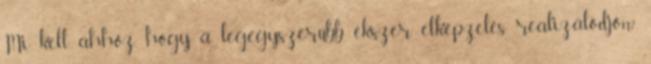
Mi kell ahhoz, hogy a legegyszerűbb ékszer elképzelés realizálódjon?